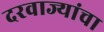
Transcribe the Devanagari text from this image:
दरवाज्यांचा